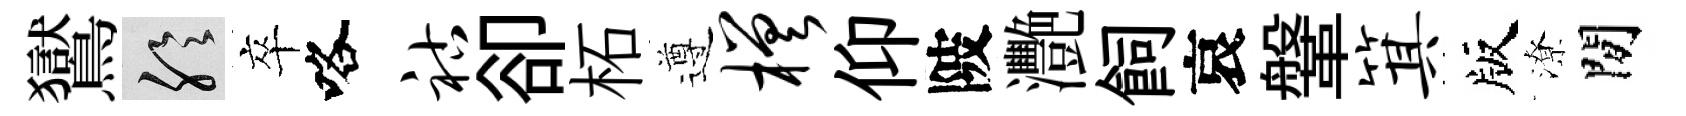
鸑聆卒咯祜卻柘遵槎仰陂灧飼哀鞶箕版潦閒